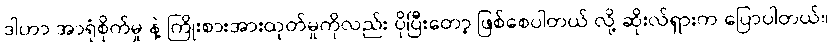
ဒါဟာ အာရုံစိုက်မှု နဲ့ ကြိုးစားအားထုတ်မှုကိုလည်း ပိုပြီးတော့ ဖြစ်စေပါတယ် လို့ ဆိုးလ်ရှားက ပြောပါတယ်။